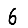
Digit: 6